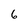
Character: 6